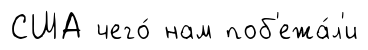
США чего́ нам поб'ежа́л'и